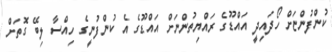
ކުންފުންޏަށް ހޯދައިދީ އައްޑޫގެ ރައްޔިތުންނަށް އައްޑޫގެ އެ ކުންފުނީގެ ހިއްސާ ލިބޭ ގޮތަށް